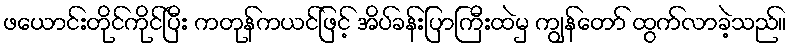
ဖယောင်းတိုင်ကိုင်ပြီး ကတုန်ကယင်ဖြင့် အိပ်ခန်းပြာကြီးထဲမှ ကျွန်တော် ထွက်လာခဲ့သည်။